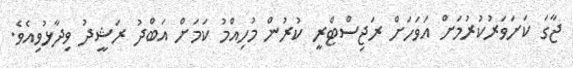
ޖާގަ ކަށަވަރުކުރުމަށް އަވަހަށް ރަޖިސްޓްރީ ކުރުން މުހިއްމު ކަމަށް އަބްދު ރަޝީދު ވިދާޅުވިއެވެ.